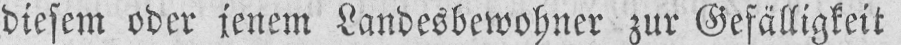
diesem oder jenem Landesbewohner zur Gefälligkeit